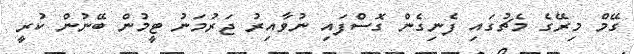
ގޭމް މިރޭގެ މެޗުގައި ފެނިގެން ގޮސްފައި ނުވާއިރު ޖަރުމަނު ޓީމުން ބޭނުން ކުރީ